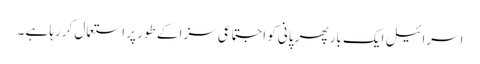
اسرائیل ایک بار پھر پانی کو اجتماعی سزا کے طور پر استعمال کررہا ہے ۔